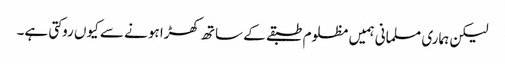
لیکن ہماری مسلمانی ہمیں مظلوم طبقے کے ساتھ کھڑا ہونے سے کیوں روکتی ہے۔